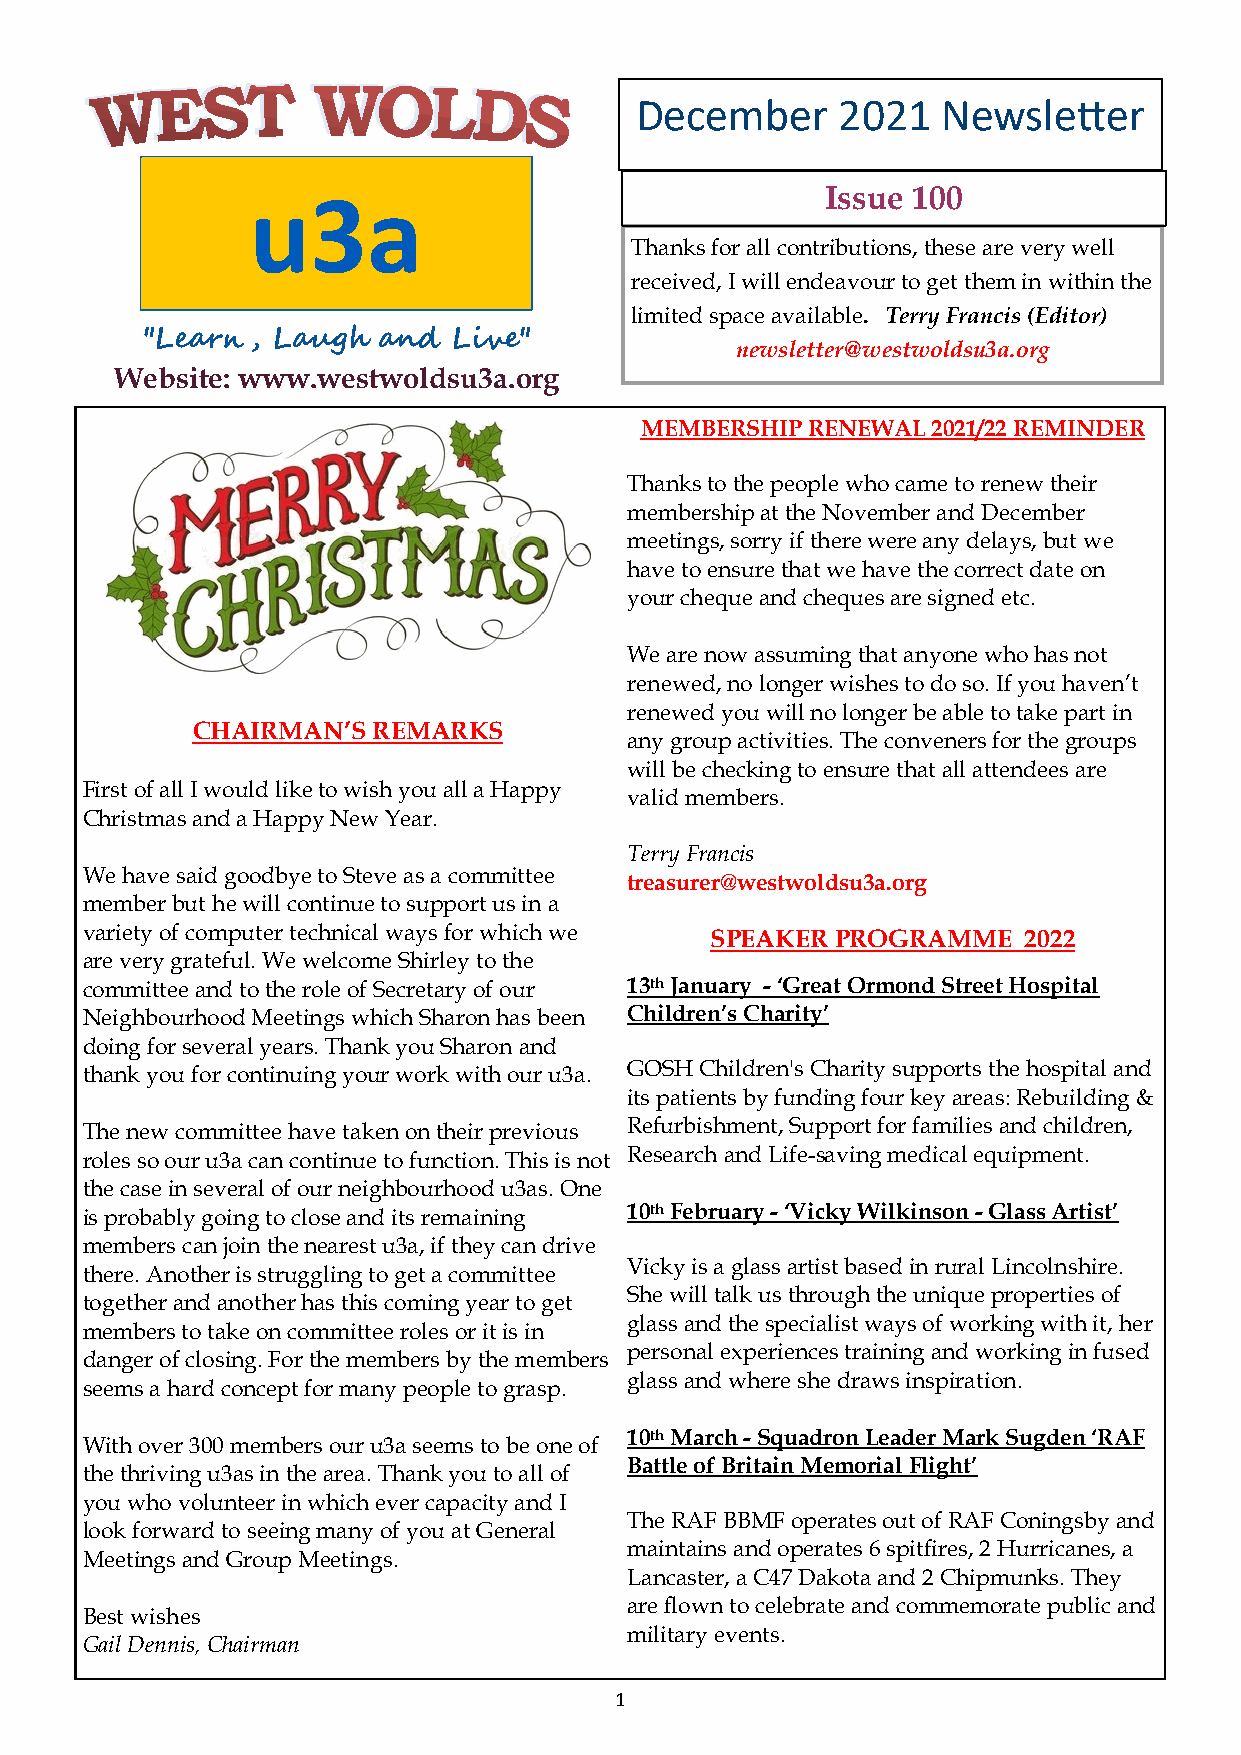
December     2021   Newsletter
 u3a                                   Issue 100
 Thanks for all contributions, these are very well
 received, I will endeavour to get them in within the
 limited space available. Terry Francis (Editor)
 "Learn  , Laugh and  Live"
 newsletter@westwoldsu3a.org
 Website: www.westwoldsu3a.org
 MEMBERSHIP RENEWAL  2021/22 REMINDER
 Thanks to the people who came to renew their
 membership at the November and December
 meetings, sorry if there were any delays, but we
 have to ensure that we have the correct date on
 your cheque and cheques are signed etc.
 We are now assuming that anyone who has not
 renewed, no longer wishes to do so. If you haven’t
 renewed you will no longer be able to take part in
 CHAIRMAN’S  REMARKS
 any group activities. The conveners for the groups
 will be checking to ensure that all attendees are
 First of all I would like to wish you all a Happy
 valid members.
 Christmas and a Happy New Year.
 Terry Francis
 We have said goodbye to Steve as a committee
 treasurer@westwoldsu3a.org
 member but he will continue to support us in a
 variety of computer technical ways for which we SPEAKER PROGRAMME 2022
 are very grateful. We welcome Shirley to the
 committee and to the role of Secretary of our 13th January - ‘Great Ormond Street Hospital
 Neighbourhood Meetings which Sharon has been Children’s Charity’
 doing for several years. Thank you Sharon and
 thank you for continuing your work with our u3a. GOSH Children's Charity supports the hospital and
 its patients by funding four key areas: Rebuilding &
 The new committee have taken on their previous Refurbishment, Support for families and children,
 roles so our u3a can continue to function. This is not Research and Life-saving medical equipment.
 the case in several of our neighbourhood u3as. One
 is probably going to close and its remaining 10th February - ‘Vicky Wilkinson - Glass Artist’
 members can join the nearest u3a, if they can drive
 Vicky is a glass artist based in rural Lincolnshire.
 there. Another is struggling to get a committee
 She will talk us through the unique properties of
 together and another has this coming year to get
 glass and the specialist ways of working with it, her
 members to take on committee roles or it is in
 personal experiences training and working in fused
 danger of closing. For the members by the members
 glass and where she draws inspiration.
 seems a hard concept for many people to grasp.
 10th March - Squadron Leader Mark Sugden ‘RAF
 With over 300 members our u3a seems to be one of
 Battle of Britain Memorial Flight’
 the thriving u3as in the area. Thank you to all of
 you who volunteer in which ever capacity and I
 The RAF BBMF operates out of RAF Coningsby and
 look forward to seeing many of you at General
 maintains and operates 6 spitfires, 2 Hurricanes, a
 Meetings and Group Meetings.
 Lancaster, a C47 Dakota and 2 Chipmunks. They
 are flown to celebrate and commemorate public and
 Best wishes
 military events.
 Gail Dennis, Chairman
 1